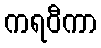
ကရဝီကာ